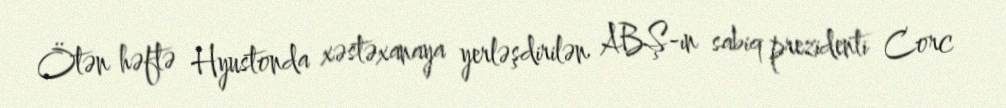
Ötən həftə Hyustonda xəstəxanaya yerləşdirilən ABŞ-ın sabiq prezidenti Corc